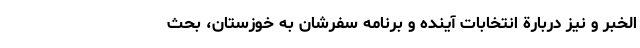
الخُبَر و نیز دربارة انتخابات آینده و برنامه سفرشان به خوزستان، بحث